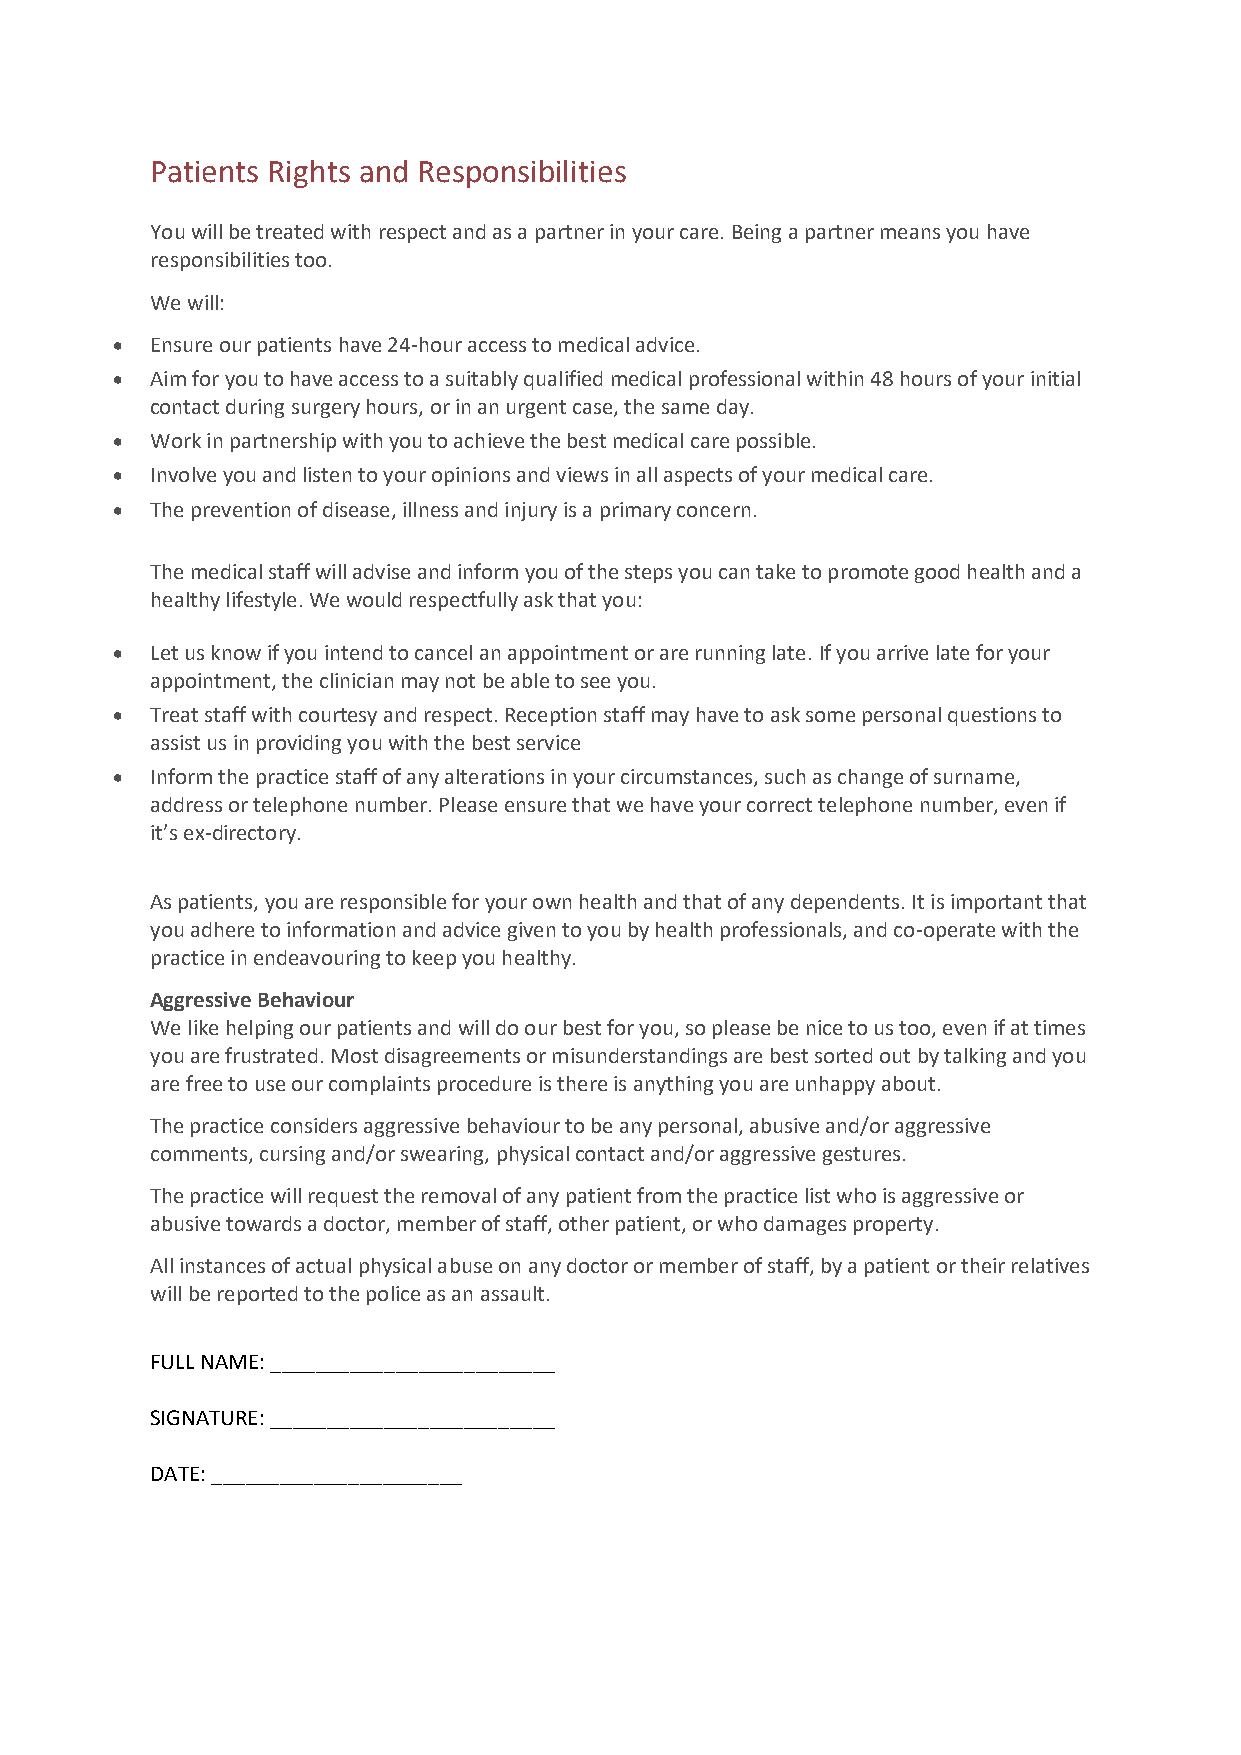
Patients Rights and Responsibilities
 You will be treated with respect and as a partner in your care. Being a partner means you have
 responsibilities too.
 We will:
 •  Ensure our patients have 24-hour access to medical advice.
 •  Aim for you to have access to a suitably qualified medical professional within 48 hours of your initial
 contact during surgery hours, or in an urgent case, the same day.
 •  Work in partnership with you to achieve the best medical care possible.
 •  Involve you and listen to your opinions and views in all aspects of your medical care.
 •  The prevention of disease, illness and injury is a primary concern.
 The medical staff will advise and inform you of the steps you can take to promote good health and a
 healthy lifestyle. We would respectfully ask that you:
 •  Let us know if you intend to cancel an appointment or are running late. If you arrive late for your
 appointment, the clinician may not be able to see you.
 •  Treat staff with courtesy and respect. Reception staff may have to ask some personal questions to
 assist us in providing you with the best service
 •  Inform the practice staff of any alterations in your circumstances, such as change of surname,
 address or telephone number. Please ensure that we have your correct telephone number, even if
 it’s ex-directory.
 As patients, you are responsible for your own health and that of any dependents. It is important that
 you adhere to information and advice given to you by health professionals, and co-operate with the
 practice in endeavouring to keep you healthy.
 Aggressive Behaviour
 We like helping our patients and will do our best for you, so please be nice to us too, even if at times
 you are frustrated. Most disagreements or misunderstandings are best sorted out by talking and you
 are free to use our complaints procedure is there is anything you are unhappy about.
 The practice considers aggressive behaviour to be any personal, abusive and/or aggressive
 comments, cursing and/or swearing, physical contact and/or aggressive gestures.
 The practice will request the removal of any patient from the practice list who is aggressive or
 abusive towards a doctor, member of staff, other patient, or who damages property.
 All instances of actual physical abuse on any doctor or member of staff, by a patient or their relatives
 will be reported to the police as an assault.
 FULL NAME: _________________________
 SIGNATURE: _________________________
 DATE: ______________________